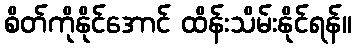
စိတ်ကိုနိုင်အောင် ထိန်းသိမ်းနိုင်ရန်။